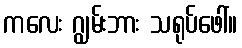
ကလေး ဂျွမ်းဘား သရုပ်ဖေါ်။